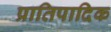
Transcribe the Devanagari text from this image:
प्रातिपादिक